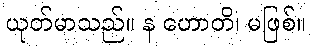
ယုတ်မာသည်။ န ဟောတိ၊ မဖြစ်။